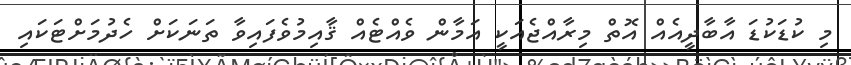
މި ކުޑަކުޑަ އާބާދީއެއް އޮތް މިރާއްޖެއަކީ އަމާން ވެއްޓެއް ޤާއިމުވެފައިވާ ތަނަކަށް ހެދުމަށްޓަކައި